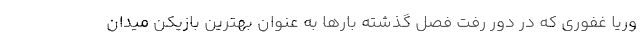
وریا غفوری که در دور رفت فصل گذشته بارها به عنوان بهترین بازیکن میدان